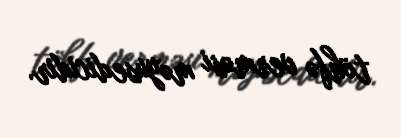
töhfə verməsi məyusedicidir.